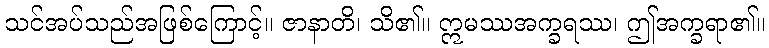
သင်အပ်သည်အဖြစ်ကြောင့်။ ဇာနာတိ၊ သိ၏။ ဣမဿအက္ခရဿ၊ ဤအက္ခရာ၏။